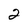
Character: 2